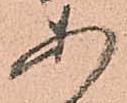
あ